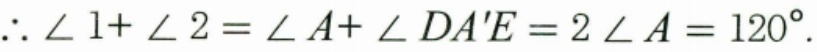
\(\therefore\angle 1+\angle 2=\angle A+\angle DA'E = 2\angle A=120^{\circ}\).